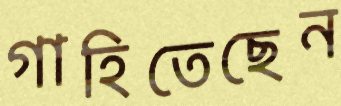
গাহিতেছেন